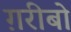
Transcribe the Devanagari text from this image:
ग़रीबो